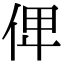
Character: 𠈷